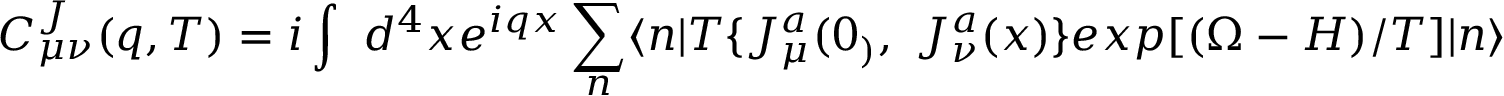
C _ { \mu \nu } ^ { J } ( q , T ) = i \int ~ d ^ { 4 } x e ^ { i q x } \sum _ { n } \langle n | T \{ J _ { \mu } ^ { a } ( 0 _ { ) } , ~ J _ { \nu } ^ { a } ( x ) \} e x p [ ( \Omega - H ) / T ] | n \rangle